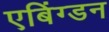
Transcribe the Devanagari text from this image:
एबिंग्डन